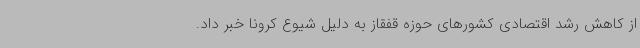
از کاهش رشد اقتصادی کشورهای حوزه قفقاز به دلیل شیوع کرونا خبر داد.